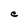
Character: C